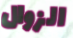
الزوال